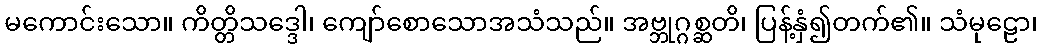
မကောင်းသော။ ကိတ္တိသဒ္ဒေါ၊ ကျော်စောသောအသံသည်။ အဗ္ဘုဂ္ဂစ္ဆတိ၊ ပြန့်နှံ၍တက်၏။ သံမုဠော၊